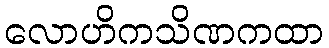
လောဟိကသိဏကထာ